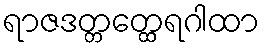
ရာဇဒတ္တတ္ထေရဂါထာ